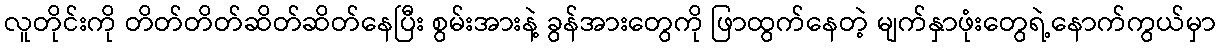
လူတိုင်းကို တိတ်တိတ်ဆိတ်ဆိတ်နေပြီး စွမ်းအားနဲ့ ခွန်အားတွေကို ဖြာထွက်နေတဲ့ မျက်နှာဖုံးတွေရဲ့နောက်ကွယ်မှာ